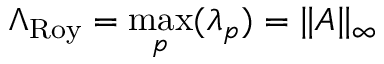
\Lambda _ { \mathrm { R o y } } = \operatorname* { m a x } _ { p } ( \lambda _ { p } ) = \| A \| _ { \infty }